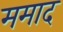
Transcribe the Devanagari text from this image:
ममाद